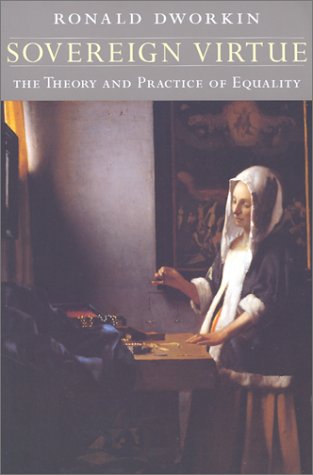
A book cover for Sovereign Virtue: The Theory and Practice of Equality; Ronald Dworkin; Business & Money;